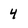
Character: 4